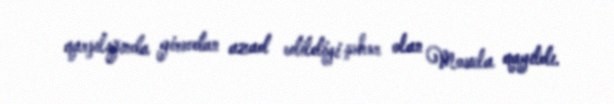
qarşılığında girovdan azad edildiyi şəhər olan Mosula qayıtdı.